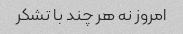
امروز نه هر چند با تشکر